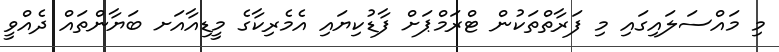
މި މައްސަލައިގައި މި ފަރާތްތަކުން ޓްރަމްޕަށް ފާޑުކިޔައި އެމެރިކާގެ މީޑިއާއަށ ބަޔާންތައް ދެއްވީ